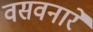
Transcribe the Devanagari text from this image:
वसवनारे